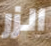
الزر